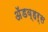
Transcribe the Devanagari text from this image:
अॅडव्हर्स